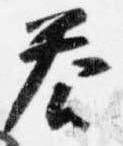
答